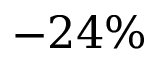
- 2 4 \%